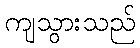
ကျသွားသည်